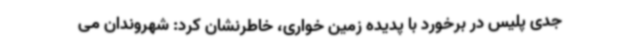
جدی پلیس در برخورد با پدیده زمین خواری، خاطرنشان کرد: شهروندان می